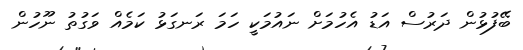
ބޭފުޅުން ދަރުސް އަޑު އެހުމަށް ނައުމަކީ ހަމަ ރަނގަޅު ކަމެއް ވަގުތު ނޫހުން